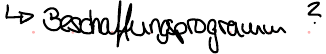
-> Beschaffungsproramm?